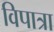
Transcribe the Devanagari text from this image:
विपात्रा